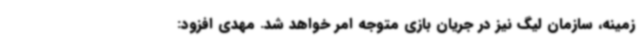
زمینه، سازمان لیگ نیز در جریان بازی متوجه امر خواهد شد. مهدی افزود: